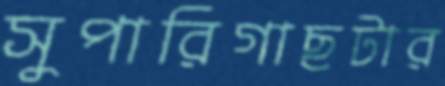
সুপারিগাছটার